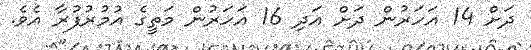
ދަށް 14 އަހަރުން ދަށް އަދި 16 އަހަރުން މަތީގެ އުމުރުފުރާ އެވެ.